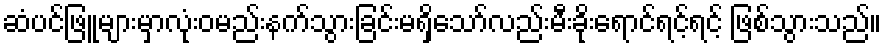
ဆံပင်ဖြူများမှာလုံးဝမည်းနက်သွားခြင်းမရှိသော်လည်းမီးခိုးရောင်ရင့်ရင့် ဖြစ်သွားသည်။